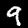
Label: 9